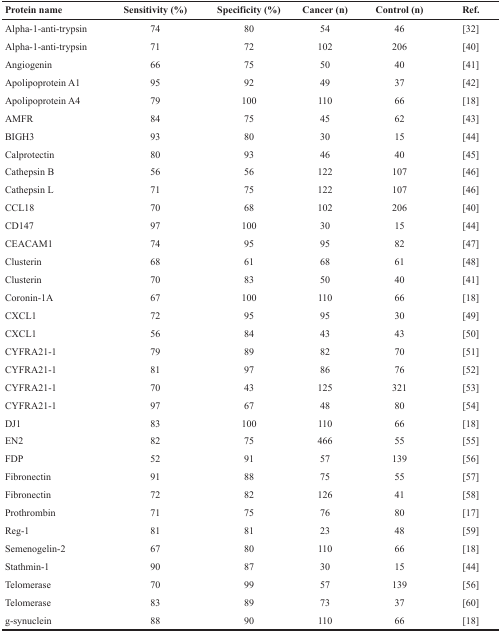
<table><thead><tr><td><b>Protein name</b></td><td><b>Sensitivity (%)</b></td><td><b>Specificity (%)</b></td><td><b>Cancer (n)</b></td><td><b>Control (n)</b></td><td><b>Ref.</b></td></tr></thead><tbody><tr><td>Alpha-1-anti-trypsin</td><td>74</td><td>80</td><td>54</td><td>46</td><td>[32]</td></tr><tr><td>Alpha-1-anti-trypsin</td><td>71</td><td>72</td><td>102</td><td>206</td><td>[40]</td></tr><tr><td>Angiogenin</td><td>66</td><td>75</td><td>50</td><td>40</td><td>[41]</td></tr><tr><td>Apolipoprotein A1</td><td>95</td><td>92</td><td>49</td><td>37</td><td>[42]</td></tr><tr><td>Apolipoprotein A4</td><td>79</td><td>100</td><td>110</td><td>66</td><td>[18]</td></tr><tr><td>AMFR</td><td>84</td><td>75</td><td>45</td><td>62</td><td>[43]</td></tr><tr><td>BIGH3</td><td>93</td><td>80</td><td>30</td><td>15</td><td>[44]</td></tr><tr><td>Calprotectin</td><td>80</td><td>93</td><td>46</td><td>40</td><td>[45]</td></tr><tr><td>Cathepsin B</td><td>56</td><td>56</td><td>122</td><td>107</td><td>[46]</td></tr><tr><td>Cathepsin L</td><td>71</td><td>75</td><td>122</td><td>107</td><td>[46]</td></tr><tr><td>CCL18</td><td>70</td><td>68</td><td>102</td><td>206</td><td>[40]</td></tr><tr><td>CD147</td><td>97</td><td>100</td><td>30</td><td>15</td><td>[44]</td></tr><tr><td>CEACAM1</td><td>74</td><td>95</td><td>95</td><td>82</td><td>[47]</td></tr><tr><td>Clusterin</td><td>68</td><td>61</td><td>68</td><td>61</td><td>[48]</td></tr><tr><td>Clusterin</td><td>70</td><td>83</td><td>50</td><td>40</td><td>[41]</td></tr><tr><td>Coronin-1A</td><td>67</td><td>100</td><td>110</td><td>66</td><td>[18]</td></tr><tr><td>CXCL1</td><td>72</td><td>95</td><td>95</td><td>30</td><td>[49]</td></tr><tr><td>CXCL1</td><td>56</td><td>84</td><td>43</td><td>43</td><td>[50]</td></tr><tr><td>CYFRA21-1</td><td>79</td><td>89</td><td>82</td><td>70</td><td>[51]</td></tr><tr><td>CYFRA21-1</td><td>81</td><td>97</td><td>86</td><td>76</td><td>[52]</td></tr><tr><td>CYFRA21-1</td><td>70</td><td>43</td><td>125</td><td>321</td><td>[53]</td></tr><tr><td>CYFRA21-1</td><td>97</td><td>67</td><td>48</td><td>80</td><td>[54]</td></tr><tr><td>DJ1</td><td>83</td><td>100</td><td>110</td><td>66</td><td>[18]</td></tr><tr><td>EN2</td><td>82</td><td>75</td><td>466</td><td>55</td><td>[55]</td></tr><tr><td>FDP</td><td>52</td><td>91</td><td>57</td><td>139</td><td>[56]</td></tr><tr><td>Fibronectin</td><td>91</td><td>88</td><td>75</td><td>55</td><td>[57]</td></tr><tr><td>Fibronectin</td><td>72</td><td>82</td><td>126</td><td>41</td><td>[58]</td></tr><tr><td>Prothrombin</td><td>71</td><td>75</td><td>76</td><td>80</td><td>[17]</td></tr><tr><td>Reg-1</td><td>81</td><td>81</td><td>23</td><td>48</td><td>[59]</td></tr><tr><td>Semenogelin-2</td><td>67</td><td>80</td><td>110</td><td>66</td><td>[18]</td></tr><tr><td>Stathmin-1</td><td>90</td><td>87</td><td>30</td><td>15</td><td>[44]</td></tr><tr><td>Telomerase</td><td>70</td><td>99</td><td>57</td><td>139</td><td>[56]</td></tr><tr><td>Telomerase</td><td>83</td><td>89</td><td>73</td><td>37</td><td>[60]</td></tr><tr><td>g-synuclein</td><td>88</td><td>90</td><td>110</td><td>66</td><td>[18]</td></tr></tbody></table>